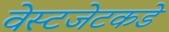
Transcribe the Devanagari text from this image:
वेस्टजेटकडे